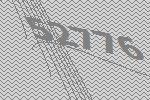
52776